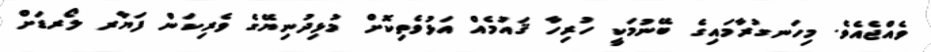
ވެއްޖެއެވެ. މިހަނގުރާމައިގެ ބޭނުމަކީ ހުރިހާ ޤައުމެއް އަޅުވެތިކޮށް މުޅިދުނިޔޭގެ ވެރިކަން ފަޔާރ ލޯރޑަށް